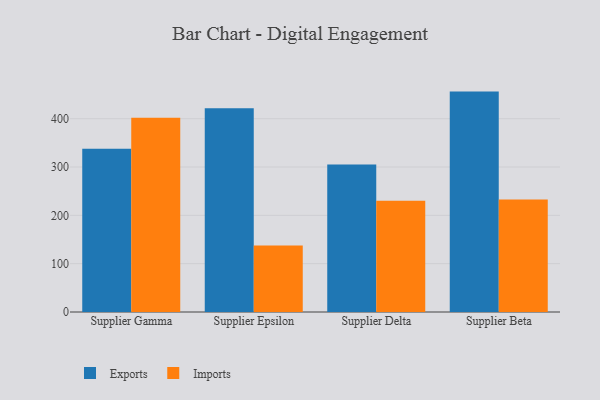
{"axis": {"x": "Supplier", "y": "Churn Rate (%)"}, "legend": ["Exports", "Imports"], "data": [{"x": "Supplier Gamma", "y": 337.6, "type": "Exports"}, {"x": "Supplier Gamma", "y": 401.9, "type": "Imports"}, {"x": "Supplier Epsilon", "y": 421.9, "type": "Exports"}, {"x": "Supplier Epsilon", "y": 137.8, "type": "Imports"}, {"x": "Supplier Delta", "y": 305.4, "type": "Exports"}, {"x": "Supplier Delta", "y": 230.2, "type": "Imports"}, {"x": "Supplier Beta", "y": 456.1, "type": "Exports"}, {"x": "Supplier Beta", "y": 232.9, "type": "Imports"}]}